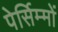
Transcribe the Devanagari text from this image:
पेर्सिम्मों